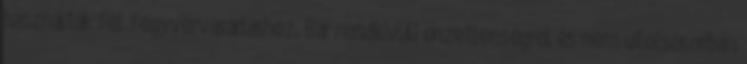
használták fel fegyvervásárláshoz. Bár rendkívüli önzetlenségről és nem utolsósorban